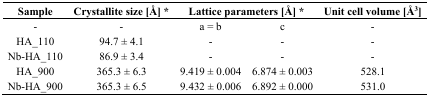
<table><thead><tr><td><b>Sample</b></td><td><b>Crystallite size [Å] *</b></td><td colspan="2"><b>Lattice parameters [Å] *</b></td><td><b>Unit cell volume [Å<sup>3</sup>]</b></td></tr></thead><tbody><tr><td>-</td><td>-</td><td>a = b</td><td>c</td><td>-</td></tr><tr><td>HA_110</td><td>94.7 ± 4.1</td><td>-</td><td>-</td><td>-</td></tr><tr><td>Nb-HA_110</td><td>86.9 ± 3.4</td><td>-</td><td>-</td><td>-</td></tr><tr><td>HA_900</td><td>365.3 ± 6.3</td><td>9.419 ± 0.004</td><td>6.874 ± 0.003</td><td>528.1</td></tr><tr><td>Nb-HA_900</td><td>365.3 ± 6.5</td><td>9.432 ± 0.006</td><td>6.892 ± 0.000</td><td>531.0</td></tr></tbody></table>